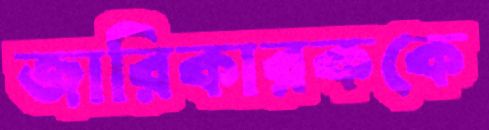
জারিকারককে